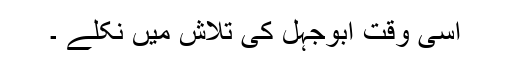
اسی وقت ابوجہل کی تلاش میں نکلے ۔